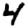
Digit: 4